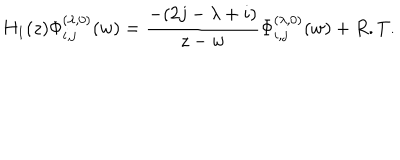
H _ { 1 } ( z ) \Phi _ { i , j } ^ { ( \lambda , 0 ) } ( w ) = \frac { - ( 2 j - \lambda + i ) } { z - w } \Phi _ { i , j } ^ { ( \lambda , 0 ) } ( w ) + R . T .